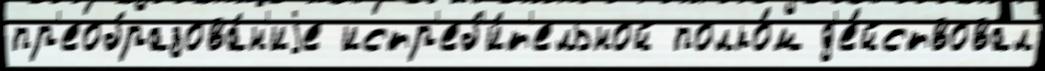
пр'еобразова́н'иjе истр'еб'и́т'ельной полко́м д'е́йствовал